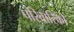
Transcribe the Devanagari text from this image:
परिवारिकों